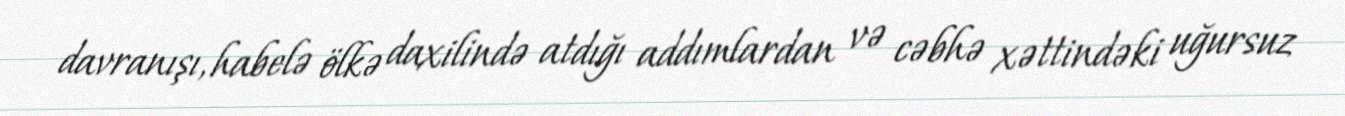
davranışı, habelə ölkə daxilində atdığı addımlardan və cəbhə xəttindəki uğursuz